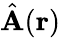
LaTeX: \hat{\mathbf A}({\mathbf r})